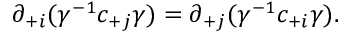
\partial _ { + i } ( \gamma ^ { - 1 } c _ { + j } \gamma ) = \partial _ { + j } ( \gamma ^ { - 1 } c _ { + i } \gamma ) .